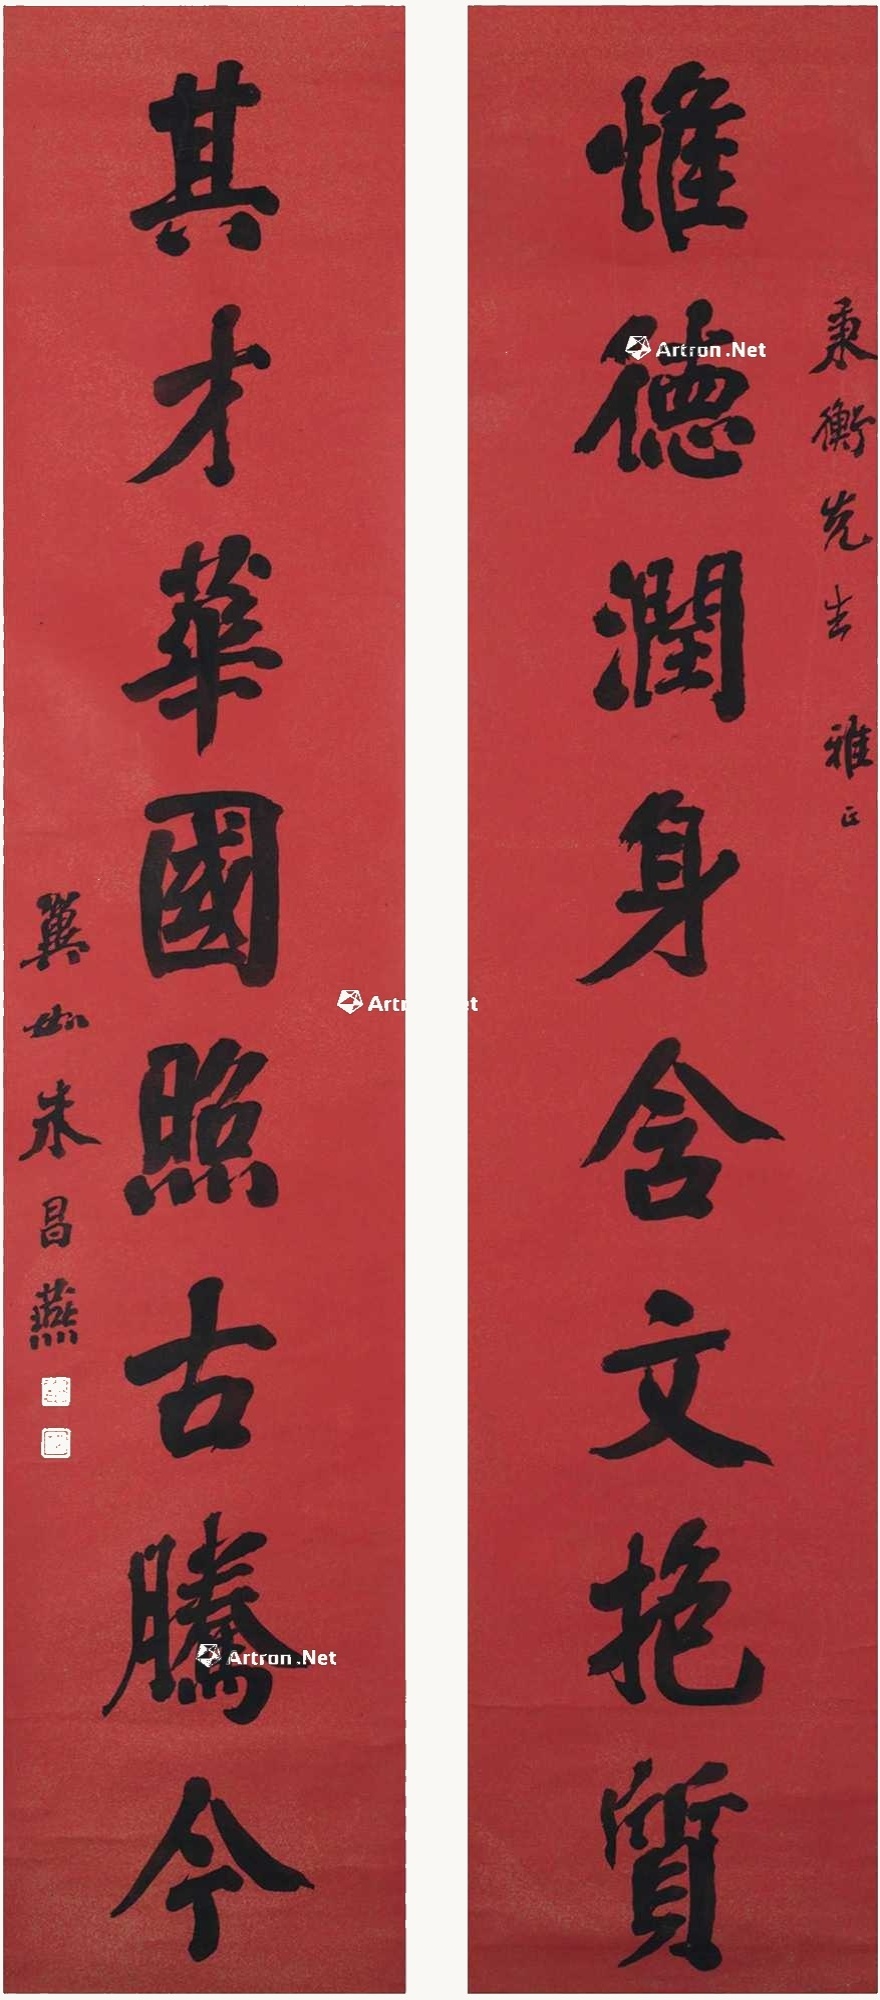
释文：惟德润身含文抱质，其才华国照古腾今。秉衡先生雅正，翼如朱昌燕。